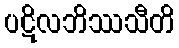
ပဋိလဘိဿသီတိ